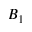
B _ { 1 }